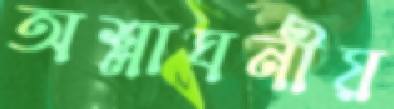
অশ্লাঘনীয়